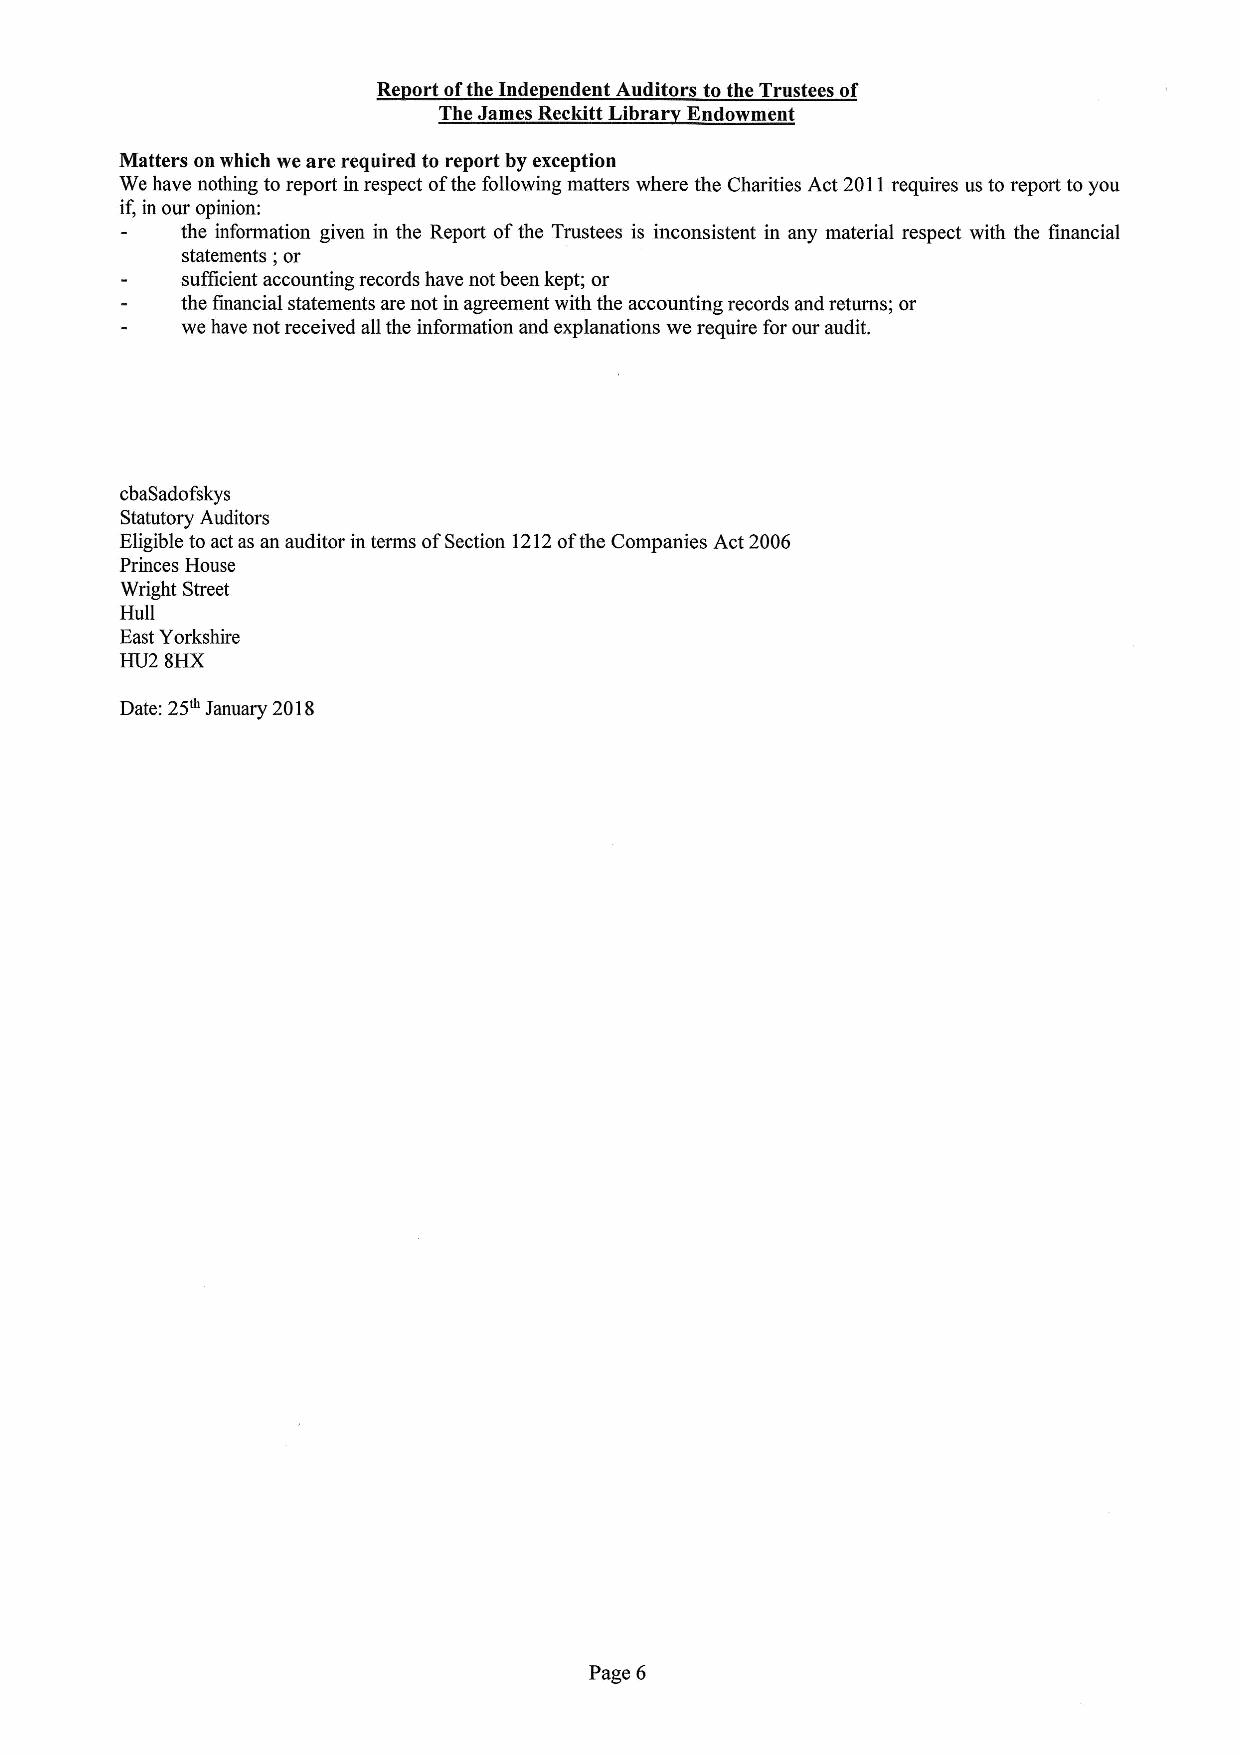
Re ortoftheInde endent Auditors to the Trustees of
 The James Reckitt Librar Endowment
 Matters on which we are required to report by exception
 We have nothing to report in respect ofthe following matters where the Charities Act 2011requires us to report toyou
 if, in our opinion:
 the information given in the Report ofthe Trustees is inconsistent in any material respect with the financial
 statements; or
 sufficient accounting records have not been kept; or
 the financial statements are not in agreement with the accounting records and returns; or
 we have not received all the information and explanations we require for our audit.
 cbaSadofskys
 Statutory Auditors
 Eligible to actas an auditor in terms ofSection 1212ofthe Companies Act 2006
 Princes House
 Wright Street
 Hull
 East Yorkshire
 HU2 8HX
 Date: 25~January 2018
 Page 6